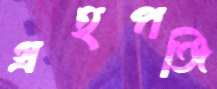
গ্রহপঞ্জি